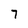
Character: 7